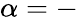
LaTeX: \alpha=-